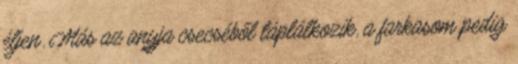
éljen. Más az anyja csecséből táplálkozik, a farkasom pedig